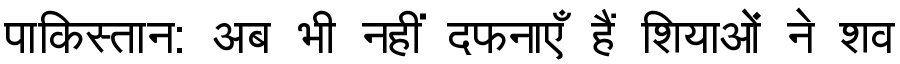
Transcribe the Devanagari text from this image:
पाकिस्तान: अब भी नहीं दफनाएँ हैं शियाओं ने शव